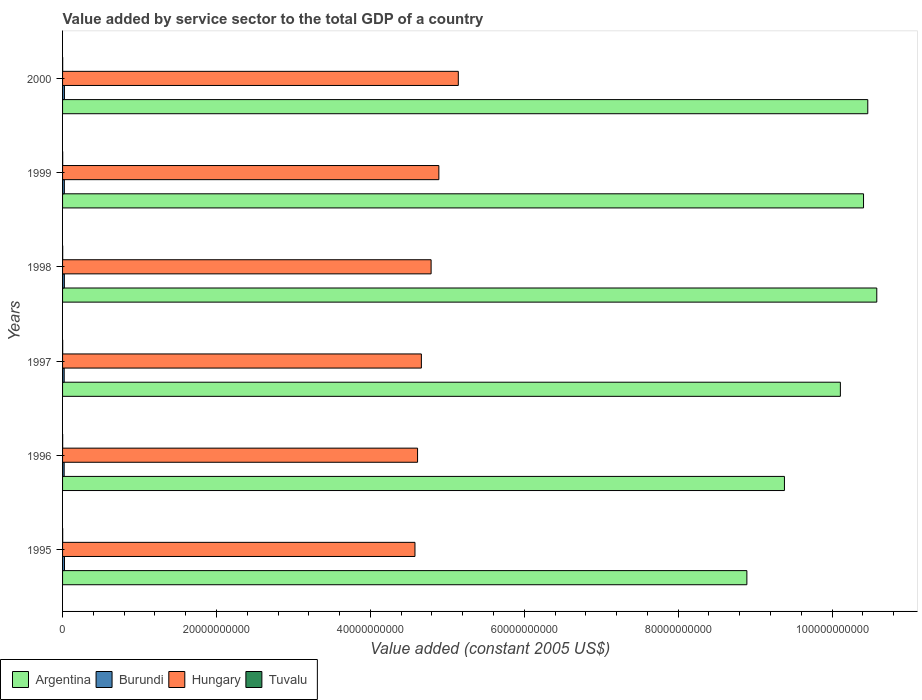
| Years | Argentina | Burundi | Hungary | Tuvalu |
 | --- | --- | --- | --- | --- |
 | 1995 | 8.89e+10 | 2.49e+08 | 4.58e+10 | 1.32e+07 |
 | 1996 | 9.38e+10 | 2.07e+08 | 4.61e+10 | 1.2e+07 |
 | 1997 | 1.01e+11 | 2.1e+08 | 4.66e+10 | 1.35e+07 |
 | 1998 | 1.06e+11 | 2.31e+08 | 4.79e+10 | 1.64e+07 |
 | 1999 | 1.04e+11 | 2.31e+08 | 4.89e+10 | 1.61e+07 |
 | 2000 | 1.05e+11 | 2.44e+08 | 5.14e+10 | 1.32e+07 |